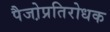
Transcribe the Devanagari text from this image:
पैजो़प्रतिरोधक